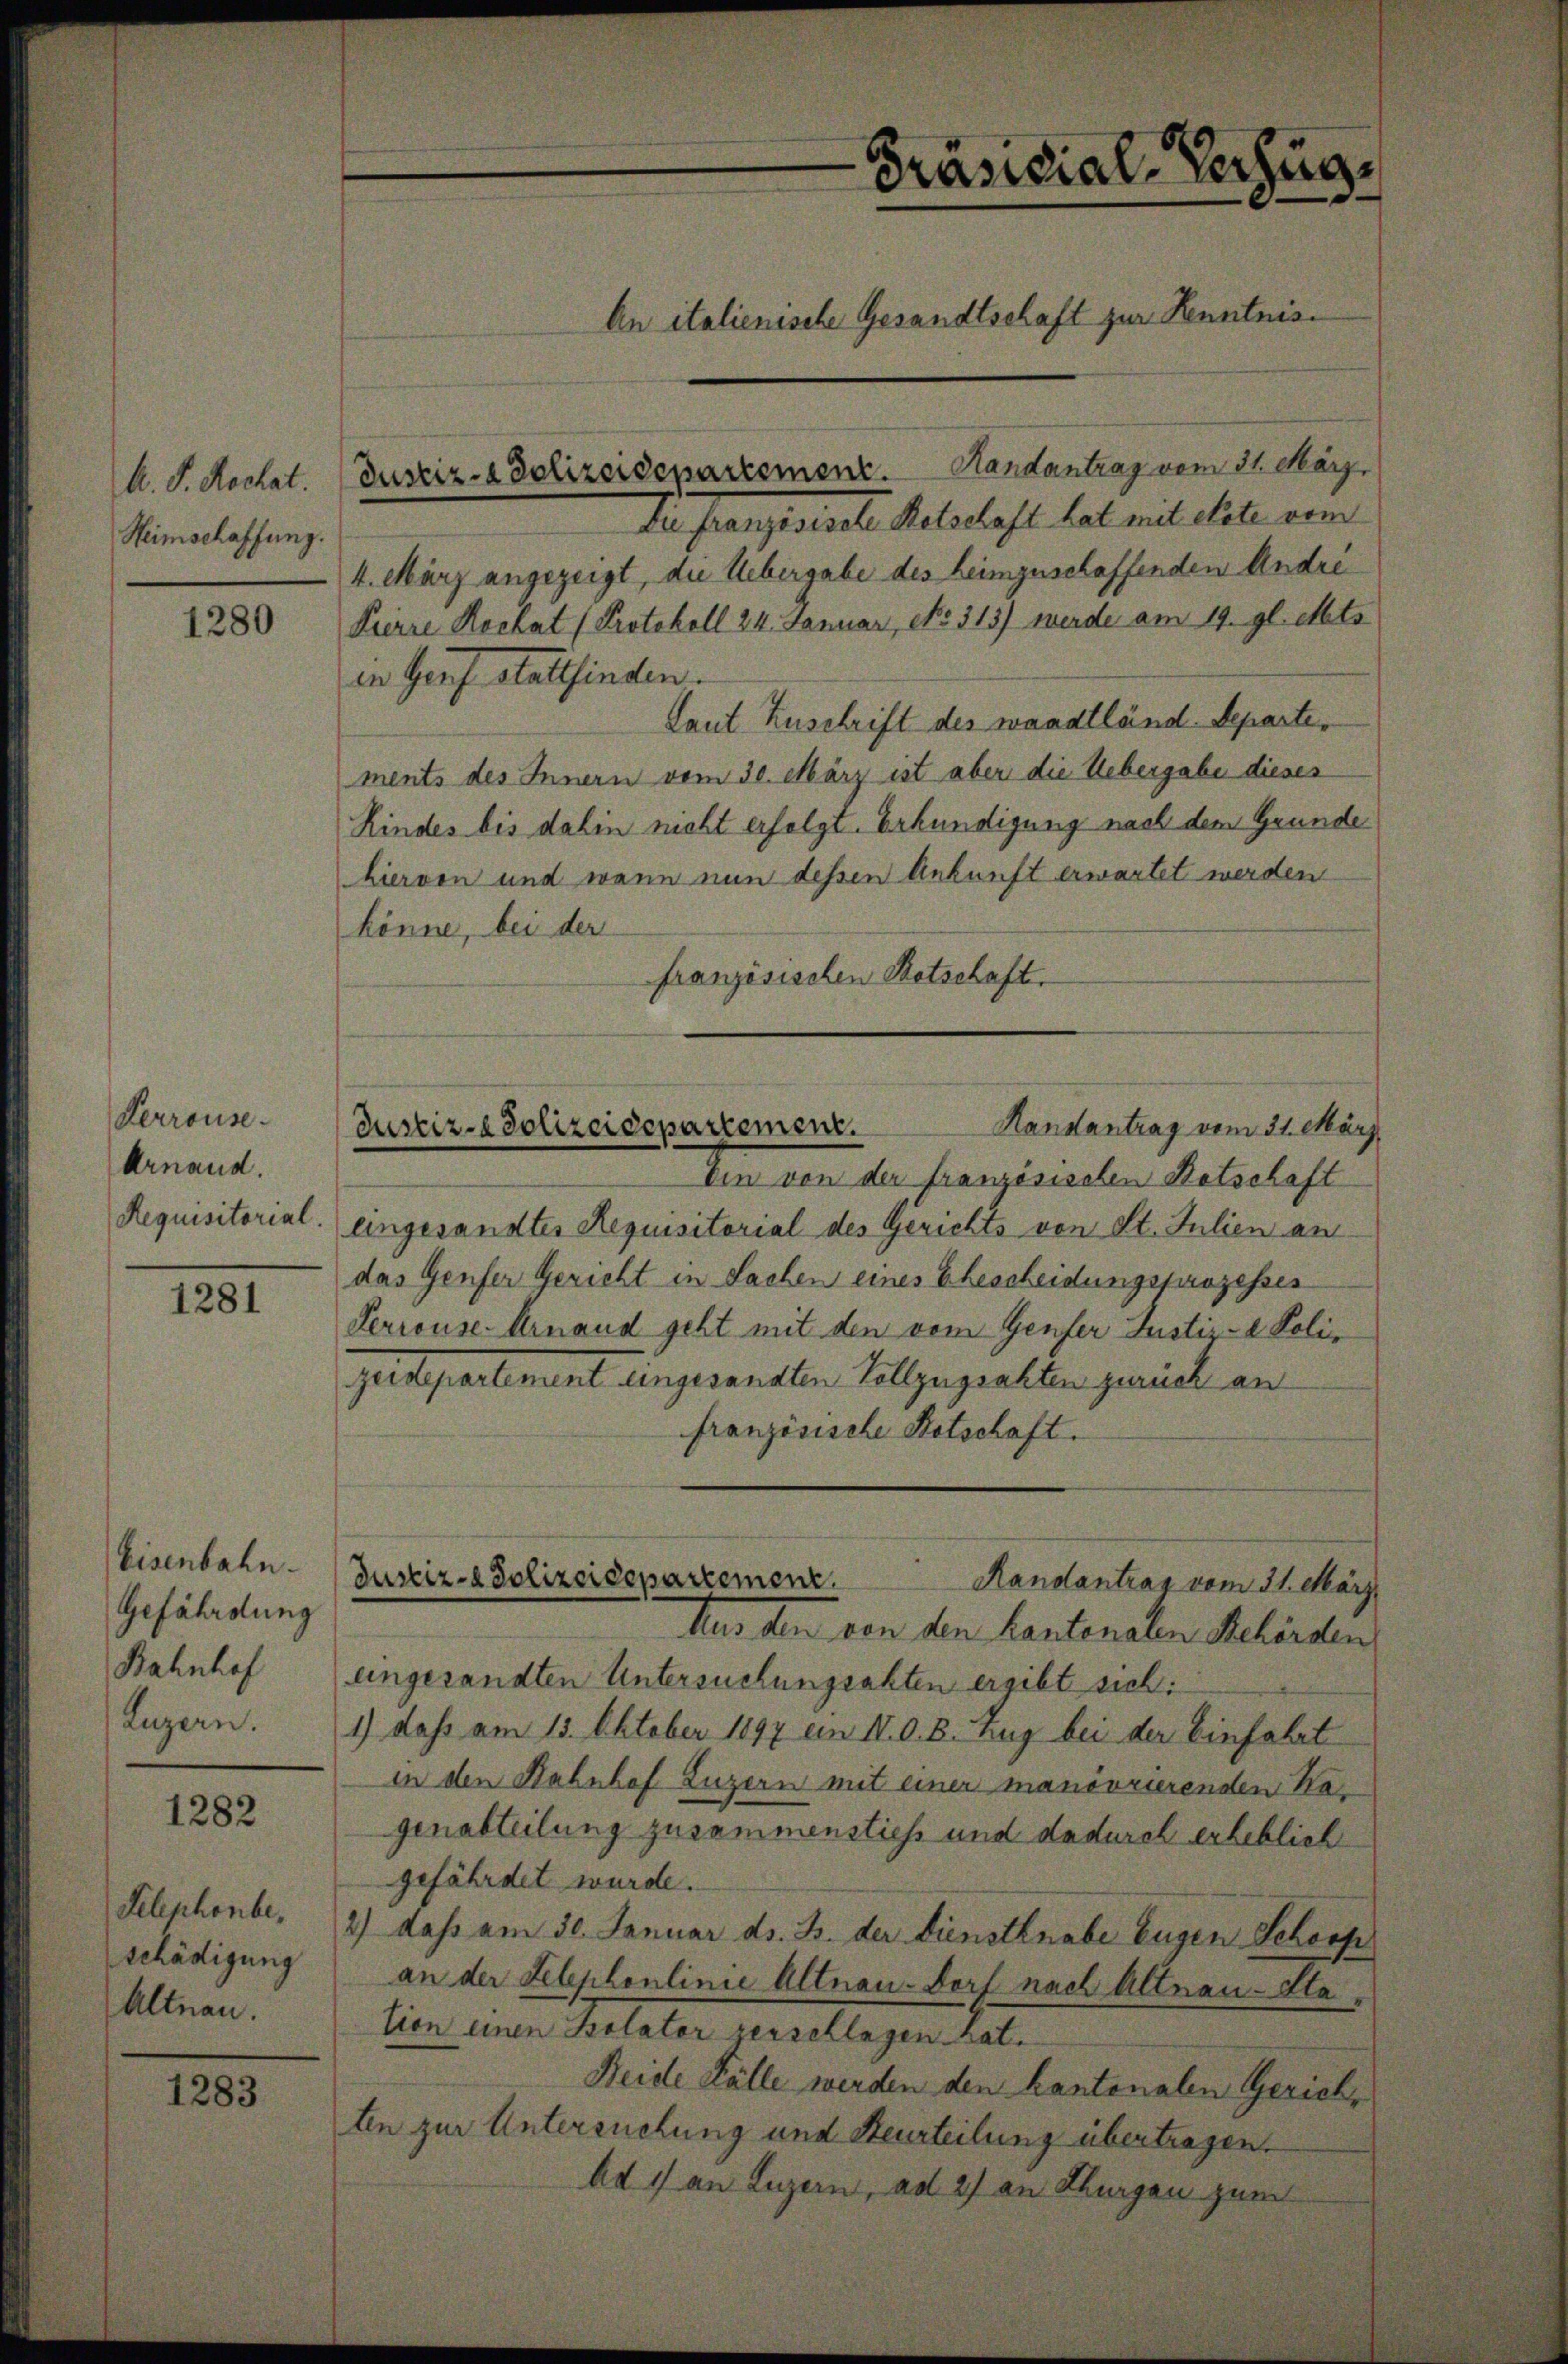
M. D. Rechat.
Heimschaffung.

1280

Perrouse.
Arnaud.
Requisitorial.

1281

Eisenbahn.
Gefährdung
Bahnhof
Luzern.

1282

Telephonbe,
schädigung
Altnau.

1283

Die französische Retschaft hat mit etate vom
4. März angezeigt, die Uebergabe des heimzuschaffenden Andre
Pierre Hochat (Protokoll 24. Januar, No. 313) werde am 19. gl. etats
in Genf stattfinden.
Laut Zuschrift des waadtländ. Separtements des Innern vom 30. März ist aber die Uebergabe dieses
Kindes bis dahin nicht erfolgt. Erkundigung nach dem Grunde
hiervon und wenn nun dessen Ankunft erwartet werden
könne, bei der
französischen Botschaft.

Justiz- & Polizeidepartement. Handantrag vom 31. März,

Präsidial-Verfüg
An italienische Gesandtschaft zur Kenntnis¬

Handantrag vom 31. März
Justiz-Polizeidepartement.
a

Justiz- & Polizeidepartement.
Randantrag vom 31. März

Ein von der französischen Ratschaft
eingesandter Requisitorial des Gerichts von St. Julien an
das Genfer Gericht in Sachen eines Ehescheidungsprozesser
Perrouse. Ernand geht mit den vom Genfer Justiz- Polizeidepartement eingesandten Vollzugsahten zurück an
französische Botschaft.
Aus den von den kantonalen Behörden
angesandten Untersuchungsakten ergibt sich:
1) daß am 15. Oktober 1897 ein IV. O. B. Zug bei der Einfahrt
in den Bahnhof Luzern mit einer manövrierenden Ka
genabteilung zusammenstiess und dadurch erheblich
gefährdet wurde.
2) dass am 30. Januar ds. B. der Dienstknabe Eugen Schoopan der Lebploulinie Altnau-Dorf nach Altnau-Sta
tion einen Kolator verschlagen hat.
Reide Fälle werden den kantonalen Gerich,
ten zur Untersuchung und Beurteilung übertragen.
Ad 1) an Luzern, ad 2) an Thurgau zum